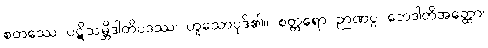
စတဿေ ပဋိသမ္ဘိဒါတိပဒဿ၊ ဟူသောပုဒ်၏။ စတ္တရော ဉာဏပ္ပ ဘေဒါတိအတ္ထော၊